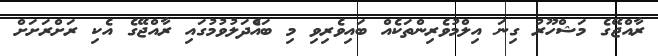
ރާއްޖޭގެ މަޝްހޫރު ގިނަ އިލްމުވެރިންތަކެއް ބައިވެރިވި މި ބައެްދަލުވުމުގައި ރާއްޖޭގެ އެކި ރަށްރަށަށް